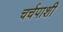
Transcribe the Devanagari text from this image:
चर्चपाशी